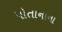
પોતાનાના